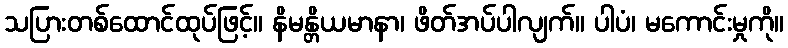
သပြားတစ်ထောင်ထုပ်ဖြင့်။ နိမန္တိယမာနာ၊ ဖိတ်အပ်ပါလျက်။ ပါပံ၊ မကောင်းမှုကို။